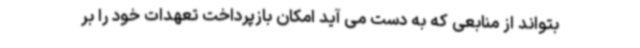
بتواند از منابعی که به دست می آید امکان بازپرداخت تعهدات خود را بر